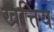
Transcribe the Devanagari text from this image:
खत्तिय